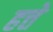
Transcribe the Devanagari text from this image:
हत्ते